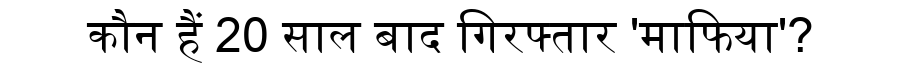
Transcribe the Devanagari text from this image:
कौन हैं 20 साल बाद गिरफ्तार 'माफिया'?